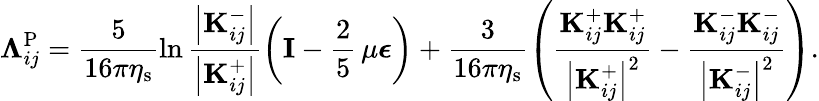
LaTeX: \boldsymbol{\Lambda}_{ij}^{\mathrm{P}}=\frac{5}{16\pi\eta_{\mathrm{s}}}\ln\frac{\left|\mathbf{K}_{ij}^{-}\right|}{\left|\mathbf{K}_{ij}^{+}\right|}\left(\mathbf{I}-\frac{2}{5}\, \mu\boldsymbol{\epsilon}\right)+\frac{3}{16\pi\eta_{\mathrm{s}}}\left(\frac{\mathbf{K}_{ij}^{+}\mathbf{K}_{ij}^{+}}{\left|\mathbf{K}_{ij}^{+}\right|^{2}}-\frac{\mathbf{K}_{ij}^{-}\mathbf{K}_{ij}^{-}}{\left|\mathbf{K}_{ij}^{-}\right|^{2}}\right).